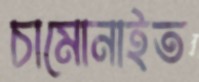
চামোনাইত